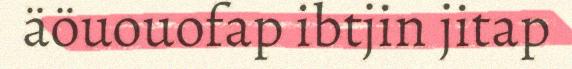
äöuouofap ibtjin jitap